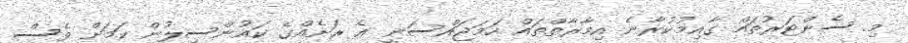
މި ސެންޓަރުތައް ގާއިމުކުރާނެ އިމާރާތްތައް ހަމަޖައްސަނީ އެ ރަށެއްގެ ކައުންސިލުން ކަމަށް ވެސް